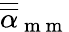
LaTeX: \overline{{\overline{{\mathbf{\alpha}}}}}_{\mathrm{~m~m~}}